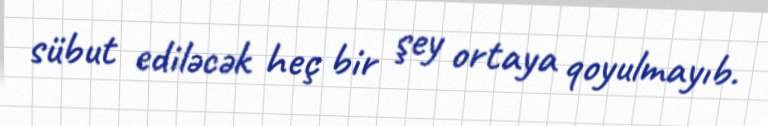
sübut ediləcək heç bir şey ortaya qoyulmayıb.